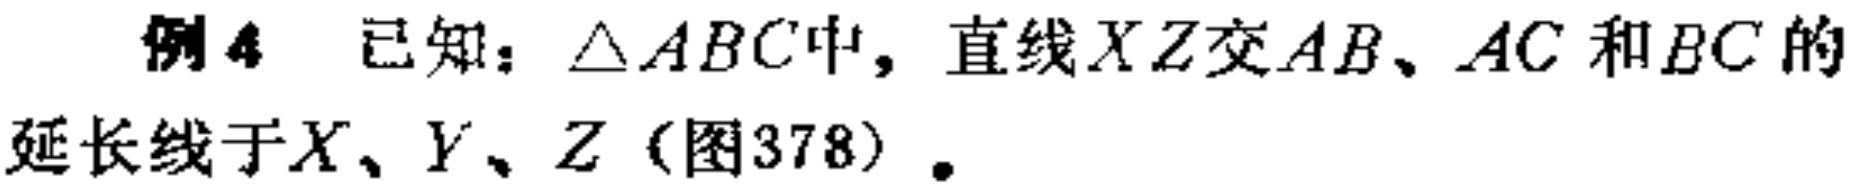
例4 已知：$\triangle ABC$中，直线$XZ$交$AB$、$AC$和$BC$的延长线于$X$、$Y$、$Z$（图378）.